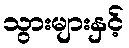
သွားများနှင့်